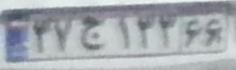
۳۷ج۱۳۳۶۶